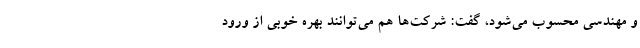
و مهندسی محسوب می‌شود، گفت: شرکت‌ها هم می‌توانند بهره خوبی از ورود